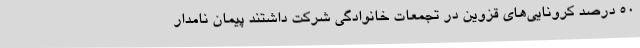
50 درصد کرونایی‌های قزوین در تجمعات خانوادگی شرکت داشتند پیمان نامدار